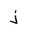
Letter: _thal